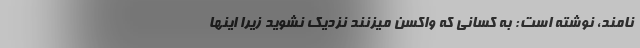
نامند، نوشته است: به کسانی که واکسن میزنند نزدیک نشوید زیرا اینها